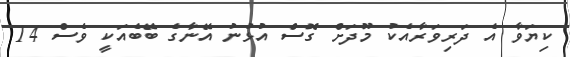
ކިޔަވާ އެ ދަރިވަރާއެކު މޫދަށް ގޮސް އުޅުނު އޭނާގެ ބޭބެއަކީ ވެސް 14